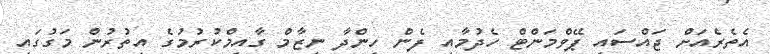
އެތެރެއަށް ޖައްސައި ޕޭވްމަންޓް ހެދުމާއި ފެން ހިންދާ ނިޒާމް ގާއިމްކުރުމުގެ އިތުރުން މަގުގައި